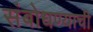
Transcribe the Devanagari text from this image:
संबोधण्याची